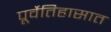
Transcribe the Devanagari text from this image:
पूर्वेतिहासात